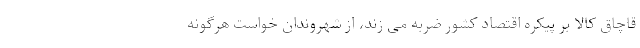
قاچاق کالا بر پیکره اقتصاد کشور ضربه می زند، از شهروندان خواست هرگونه